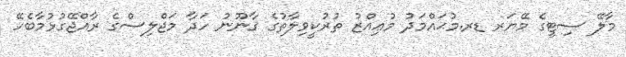
މާލޭ ސިޓީގެ މޭޔަރ ޑރ.މުޙައްމަދު މުޢިއްޒު ތުރުކީވިލާތުގެ ޤާނޫނު ހަދާ މަޖްލިސްގެ ރާއްޖޭގުޅުމާބެހޭ